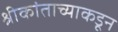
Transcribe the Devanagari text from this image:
श्रीकांताच्याकडून